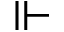
\Vdash